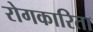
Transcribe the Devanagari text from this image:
रोगकारिता